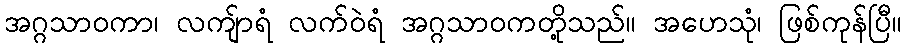
အဂ္ဂသာဝကာ၊ လကျ်ာရံ လက်ဝဲရံ အဂ္ဂသာဝကတို့သည်။ အဟေသုံ၊ ဖြစ်ကုန်ပြီ။